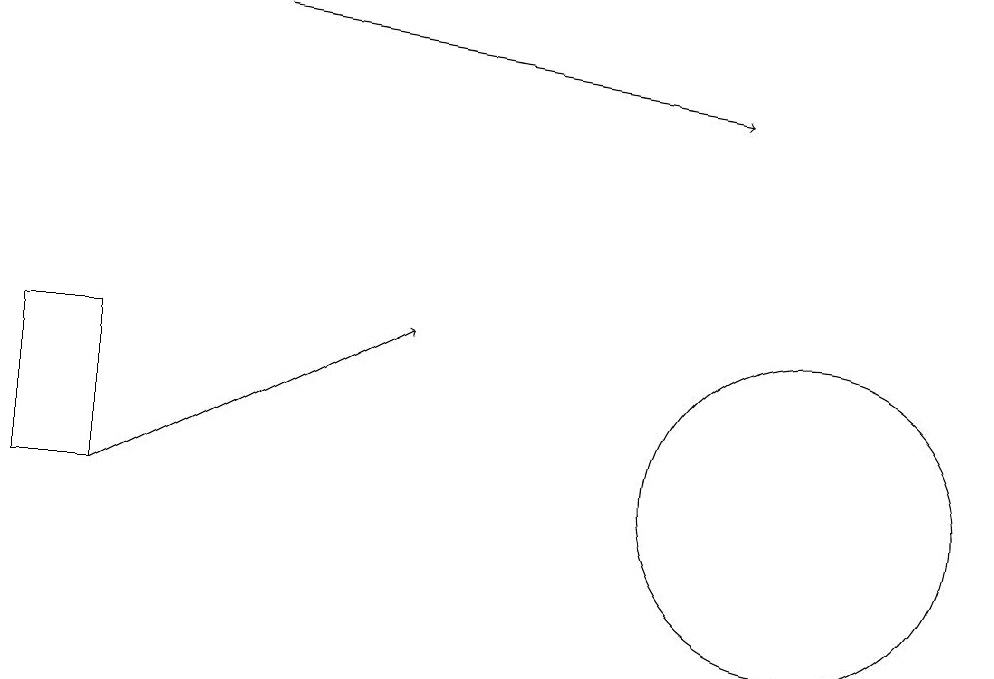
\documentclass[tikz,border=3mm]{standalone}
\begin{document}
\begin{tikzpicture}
\draw (0,10) rectangle (1,12);
\draw[->] (1,10) -- (5,12);
\draw (10,10) circle (2);
\draw[->] (3,16) -- (9,15);
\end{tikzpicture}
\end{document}